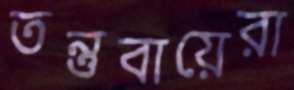
তন্তুবায়েরা